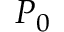
P _ { 0 }